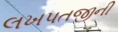
લખપતજીની